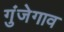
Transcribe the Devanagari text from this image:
गुंजेगाव